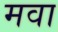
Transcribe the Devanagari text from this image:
मवा